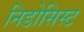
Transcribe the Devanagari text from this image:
निडोसिस्ट